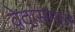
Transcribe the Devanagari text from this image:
वेदांसमान